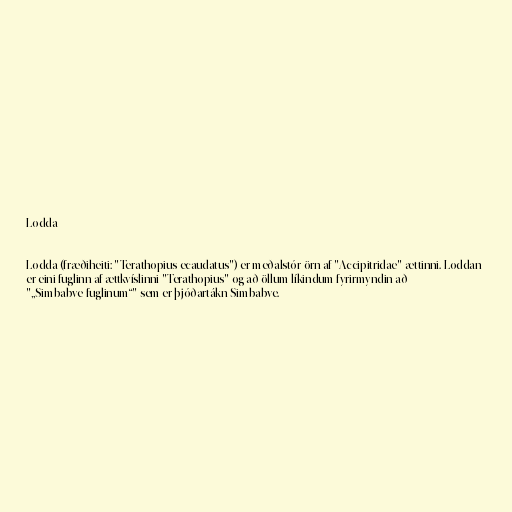
Lodda

Lodda (fræðiheiti: "Terathopius ecaudatus") er meðalstór örn af "Accipitridae"-ættinni. Loddan
er eini fuglinn af ættkvíslinni "Terathopius" og að öllum líkindum fyrirmyndin að
"„Simbabve-fuglinum“" sem er þjóðartákn Simbabve.